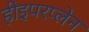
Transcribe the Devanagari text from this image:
हीइपरप्लेन